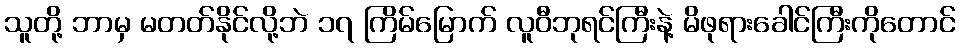
သူတို့ ဘာမှ မတတ်နိုင်လို့ဘဲ ၁၇ ကြိမ်မြောက် လူဝီဘုရင်ကြီးနဲ့ မိဖုရားခေါင်ကြီးကိုတောင်